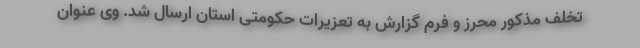
تخلف مذکور محرز و فرم گزارش به تعزیرات حکومتی استان ارسال شد. وی عنوان